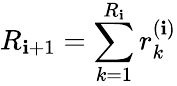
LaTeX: R_{\mathbf{i}+1}=\sum_{k=1}^{R_{\mathbf{i}}}r_{k}^{(\mathbf{i})}